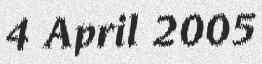
4 April 2005